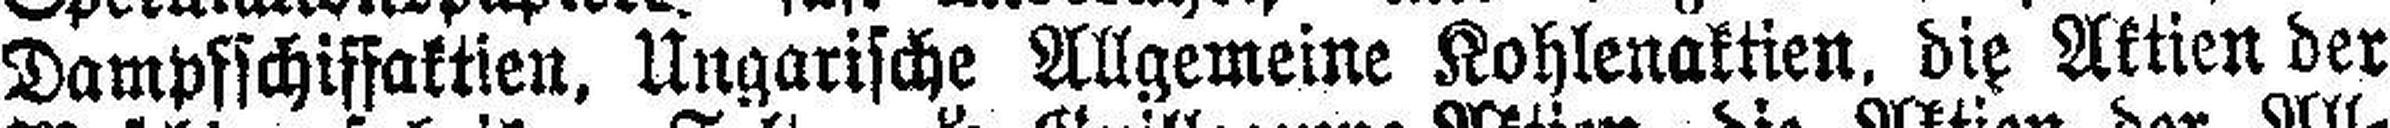
Dampfschiffaktien, Ungarische Allgemeine Kohlenaktien, die Aktien der